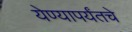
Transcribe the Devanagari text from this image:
येण्यापर्यंतचे